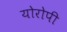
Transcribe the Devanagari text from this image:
योरोपी